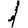
Digit: 1